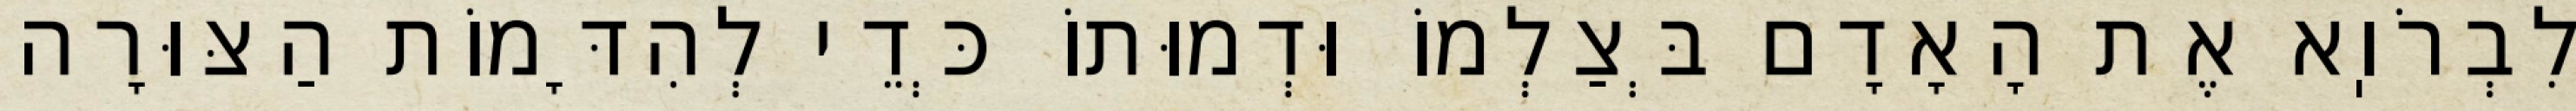
לִבְרֹוֽא אֶת הָאָדָם בְּצַלְמוֹ וּדְמוּתוֹ כְּדֵי לְהִדָּמוֹת הַצּוּרָה